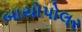
બાયોપોલર